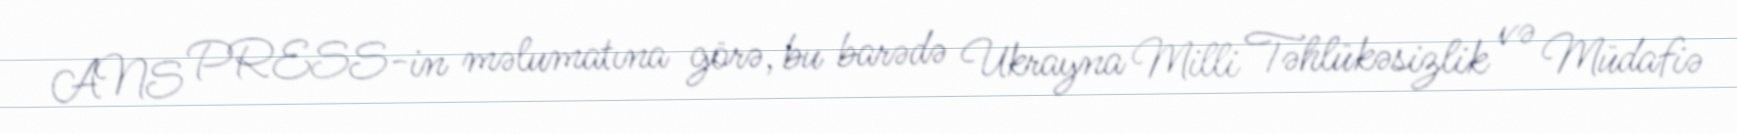
ANS PRESS-in məlumatına görə, bu barədə Ukrayna Milli Təhlükəsizlik və Müdafiə